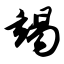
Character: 竭